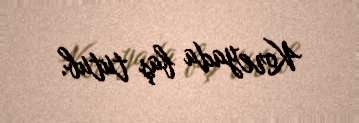
Koreyada baş tutub.